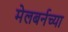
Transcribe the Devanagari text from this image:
मेलबर्नच्या